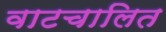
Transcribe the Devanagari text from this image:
वाटचालित